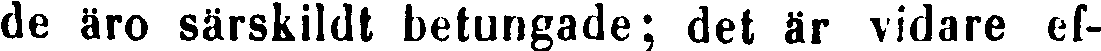
de äro särskildt betungade; det är vidare ef-